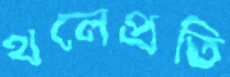
থলেপ্রতি